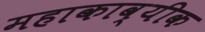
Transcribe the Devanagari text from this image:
महाकाव्यीक